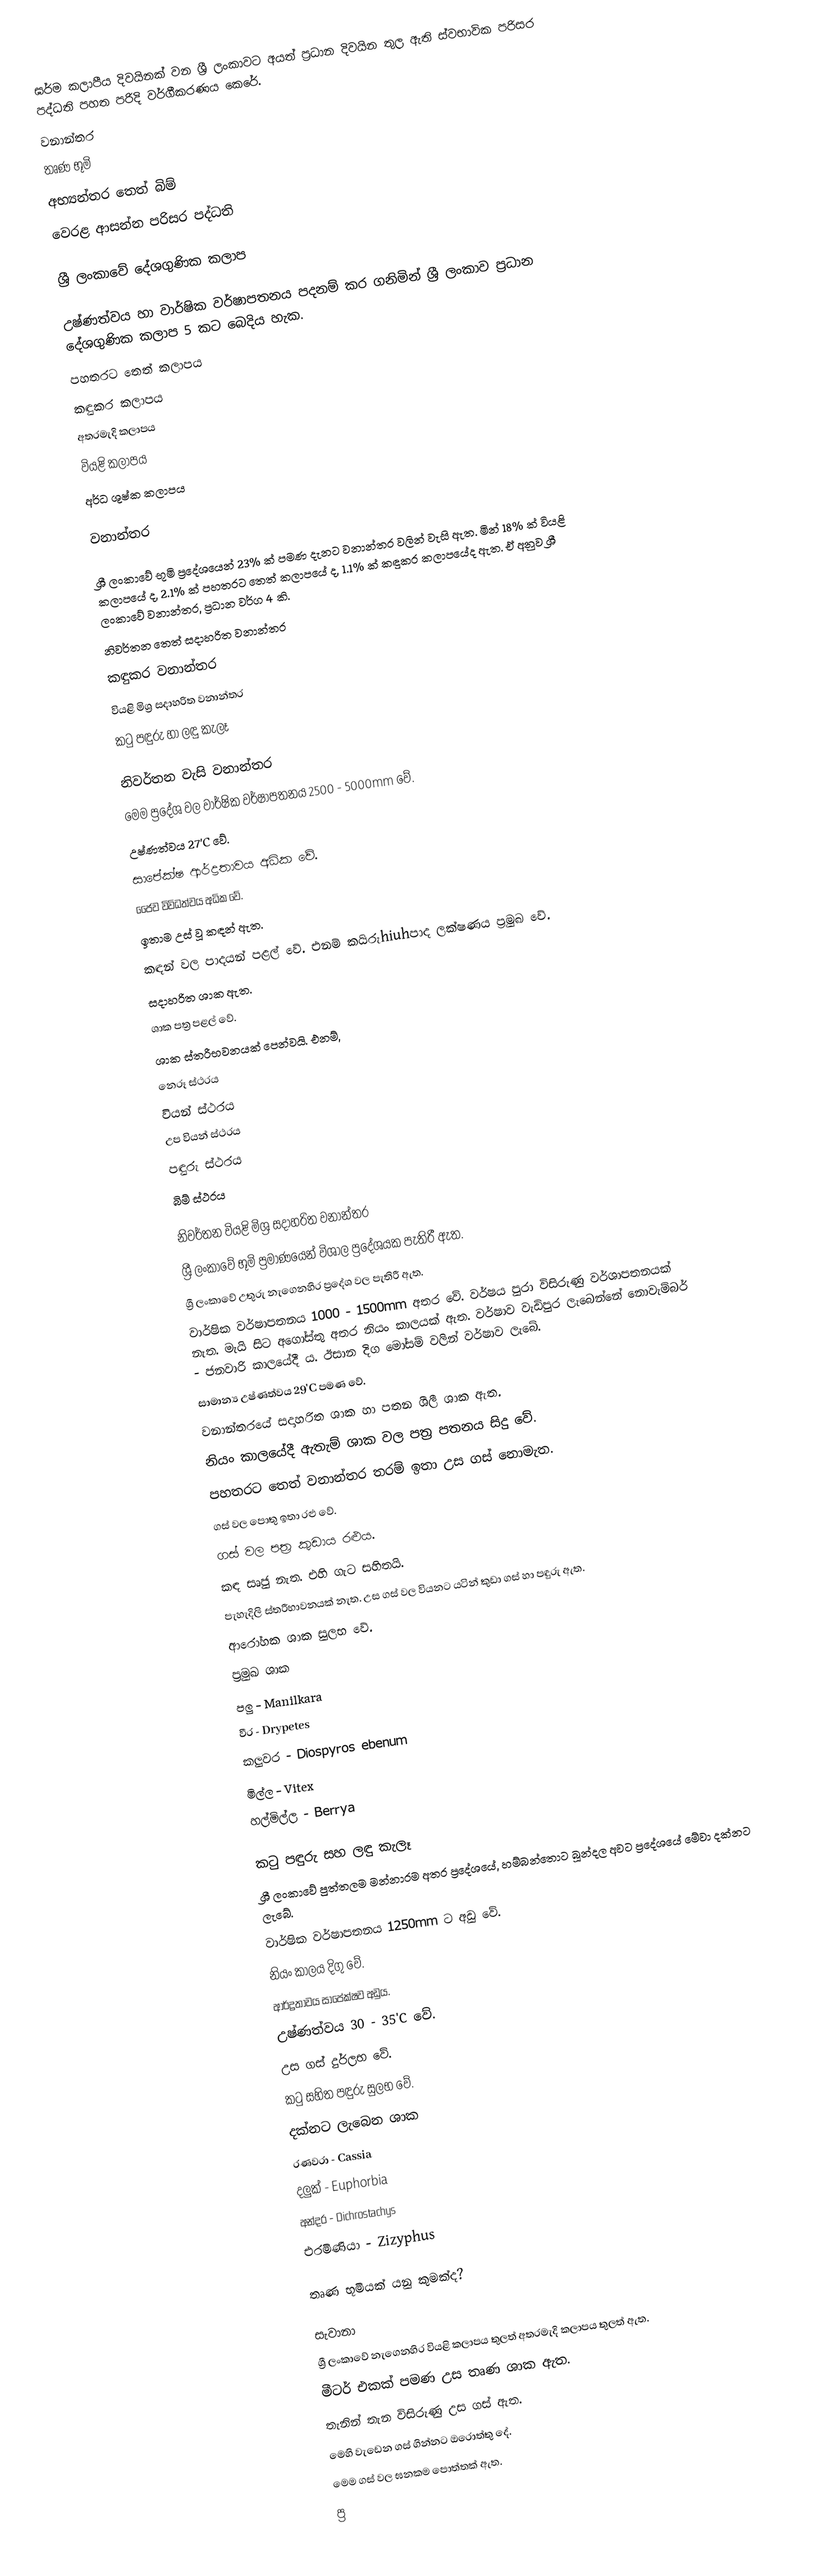
ඝර්ම කලාපීය දිවයිනක් වන ශ්‍රී ලංකාවට අයත් ප්‍රධාන දිවයින තුල ඇති ස්වභාවික පරිසර පද්ධති පහත පරිදි වර්ගීකරණය කෙරේ.
වනාන්තර
තෘණ භූමි
අභ්‍යන්තර තෙත් බිම්
වෙරළ ආසන්න පරිසර පද්ධති

ශ්‍රී ලංකාවේ දේශගුණික කලාප

උෂ්ණත්වය හා වාර්ෂික වර්ෂාපතනය පදනම් කර ගනිමින් ශ්‍රී ලංකාව ප්‍රධාන දේශගුණික කලාප 5 කට බෙදිය හැක.
පහතරට තෙත් කලාපය
කඳුකර කලාපය
අතරමැදි කලාපය
වියළි කලාපය
අර්ධ ශුෂ්ක කලාපය

වනාන්තර

ශ්‍රී ලංකාවේ භූමි ප්‍රදේශයෙන් 23% ක් පමණ දැනට වනාන්තර වලින් වැසි ඇත. මින් 18% ක් වියළි කලාපයේ ද, 2.1% ක් පහතරට තෙත් කලාපයේ ද, 1.1% ක් කඳුකර කලාපයේද ඇත. ඒ අනුව ශ්‍රී ලංකාවේ වනාන්තර, ප්‍රධාන වර්ග 4 කි.
නිවර්තන තෙත් සදාහරිත වනාන්තර
කඳුකර වනාන්තර
වියළි මිශ්‍ර සදාහරිත වනාන්තර
කටු පඳුරු හා ලඳු කැලෑ

නිවර්තන වැසි වනාන්තර
මෙම ප්‍රදේශ වල වාර්ෂික වර්ෂාපතනය 2500 - 5000mm වේ.
උෂ්ණත්වය 27'C වේ.
සාපේක්ෂ ආර්ද්‍රතාවය අධික වේ.
ජෛව විවිධත්වය අධික වේ.
ඉතාම උස් වූ කඳන් ඇත.
කඳන් වල පාදයන් පළල් වේ. එනම් කයිරුhiuhපාද ලක්ෂණය ප්‍රමුඛ වේ.
සදාහරිත ශාක ඇත.
ශාක පත්‍ර පළල් වේ.
ශාක ස්තරීභවනයක් පෙන්වයි. එනම්,
නෙරූ ස්ථරය
වියන් ස්ථරය
උප වියන් ස්ථරය
පඳුරු ස්ථරය
බිම් ස්ථරය

නිවර්තන වියළි මිශ්‍ර සදාහරිත වනාන්තර
ශ්‍රී ලංකාවේ භූමි ප්‍රමාණයෙන් විශාල ප්‍රදේශයක පැතිරී ඇත.
ශ්‍රී ලංකාවේ උතුරු නැගෙනහිර ප්‍රදේශ වල පැතිරී ඇත.
වාර්ෂික වර්ෂාපතනය 1000 - 1500mm අතර වේ. වර්ෂය පුරා විසිරුණු වර්ශාපතනයක් නැත. මැයි සිට අගෝස්තු අතර නියං කාලයක් ඇත. වර්ෂාව වැඩිපුර ලැබෙන්නේ නොවැම්බර් - ජනවාරි කාලයේදී ය. ඊසාන දිග මෝසම් වලින් වර්ෂාව ලැබේ.
සාමාන්‍ය උෂ්ණත්වය 29'C පමණ වේ.
වනාන්තරයේ සදාහරිත ශාක හා පතන ශීලී ශාක ඇත.
නියං කාලයේදී ඇතැම් ශාක වල පත්‍ර පතනය සිදු වේ.
පහතරට තෙත් වනාන්තර තරම් ඉතා උස ගස් නොමැත.
ගස් වල පොතු ඉතා රළු වේ.
ගස් වල පත්‍ර කුඩාය රළුය.
කඳ සෘජු නැත. එහි ගැට සහිතයි.
පැහැදිලි ස්තරීභාවනයක් නැත. උස ගස් වල වියනට යටින් කුඩා ගස් හා පඳුරු ඇත.
ආරෝහක ශාක සුලභ වේ.
ප්‍රමුඛ ශාක
පලු - Manilkara
වීර - Drypetes
කලුවර - Diospyros ebenum
මිල්ල - Vitex
හල්මිල්ල - Berrya

කටු පඳුරු සහ ලඳු කැලෑ
ශ්‍රී ලංකාවේ පුත්තලම මන්නාරම අතර ප්‍රදේශයේ, හම්බන්තොට බූන්දල අවට ප්‍රදේශයේ මේවා දක්නට ලැබේ.
වාර්ෂික වර්ෂාපතනය 1250mm ට අඩු වේ.
නියං කාලය දිගු වේ.
ආර්ද්‍රතාවය සාපේක්ෂව අඩුය.
උෂ්ණත්වය 30 - 35'C වේ.
උස ගස් දුර්ලභ වේ.
කටු සහිත පඳුරු සුලභ වේ.
දක්නට ලැබෙන ශාක
රණවරා - Cassia
දලුක් - Euphorbia
අන්දර - Dichrostachys
එරමිණියා - Zizyphus

තෘණ භූමියක් යනු කුමක්ද?

සැවානා
ශ්‍රී ලංකාවේ නැගෙනහිර වියළි කලාපය තුලත් අතරමැදි කලාපය තුලත් ඇත.
මීටර් එකක් පමණ උස තෘණ ශාක ඇත.
තැනින් තැන විසිරුණු උස ගස් ඇත.
මෙහි වැඩෙන ගස් ගින්නට ඔරොත්තු දේ.
මෙම ගස් වල ඝනකම පොත්තක් ඇත.
ප්‍ර